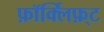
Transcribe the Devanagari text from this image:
फ़ॉर्क्लिफ़्ट